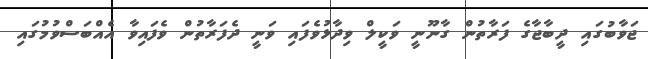
ޖަވާބުގައި ދީބާޖާގެ ފަރާތުން ގާނޫނީ ވަކީލް ވިދާޅުވެފައި ވަނީ ދެފަރާތުން ވެފައިވާ އެއްބަސްވުމުގައި